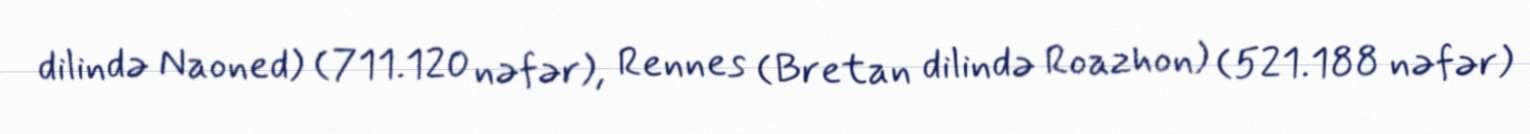
dilində Naoned) (711.120 nəfər), Rennes (Bretan dilində Roazhon) (521.188 nəfər)